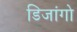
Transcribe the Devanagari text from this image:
डिजांगो